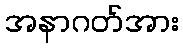
အနာဂတ်အား